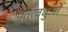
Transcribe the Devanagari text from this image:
पुत्रवधुओं